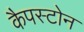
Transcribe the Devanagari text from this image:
कैपस्टोन